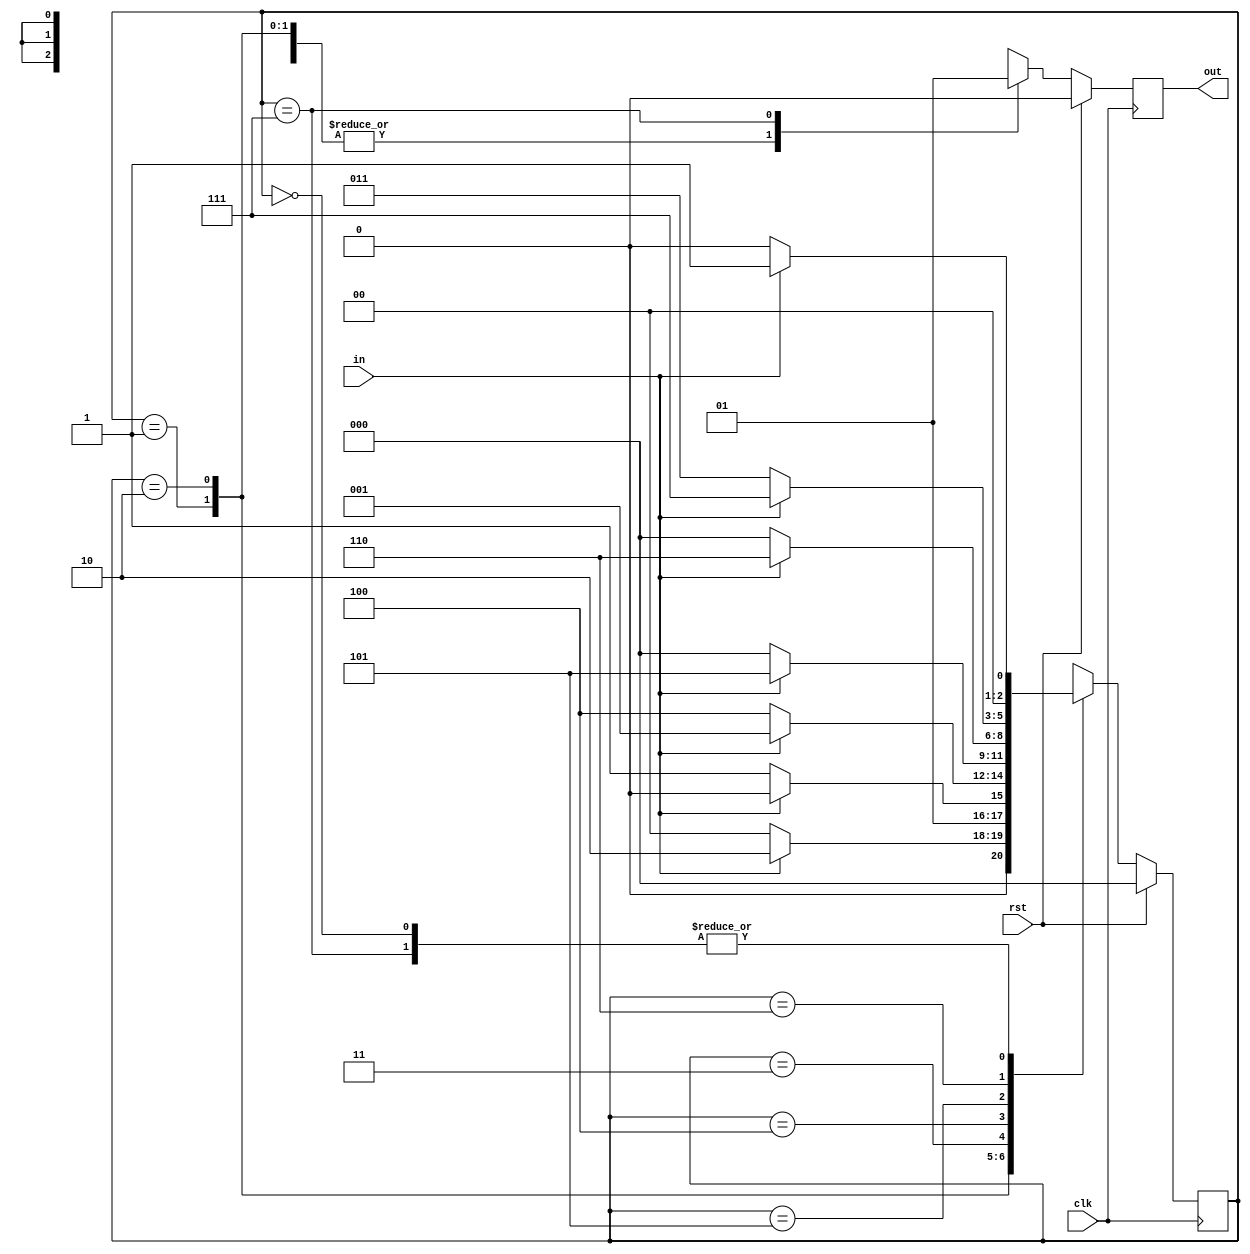
module moorey1100111(
input in,
input clk,
input rst, 
output reg out
);

reg[2:0]cst;
reg[2:0]nst;
parameter s0 = 3'b000;
parameter s1 = 3'b001;
parameter s2 = 3'b010;
parameter s3 = 3'b011;
parameter s4 = 3'b100;
parameter s5 = 3'b101;
parameter s6 = 3'b110;
parameter s7 = 3'b111;

always@(posedge clk)
begin
if(rst)
begin
out = 1'b0;
cst = s0;
nst = s0;
end

else
begin
cst = nst;
case(cst)

s0:
begin
out=1'b0;
if(in)
begin
nst=s1;
end
else
begin
//out=1'b0;
nst=s0;
end
end


s1:
begin
out=1'b0;
if(in)
begin
nst=s2;
end
else
begin
//out=1'b0;
nst=s0;
end
end

s2:
begin
out=1'b0;
if(in)
begin
nst=s2;
end
else
begin
//out=1'b0;
nst=s3;
end
end

s3:
begin
out=1'b0;
if(in)
begin
nst=s1;
end
else
begin
//out=1'b0;
nst=s4; 
end
end

s4:
begin
out=1'b0;
if(in)
begin
nst=s5;
end
else
begin
//out=1'b0;
nst=s0; 
end
end

s5:
begin
out=1'b0;
if(in)
begin
nst=s6;
end
else
begin
//out=1'b0;
nst=s0; 
end
end

s6:
begin
out=1'b0;
if(in)
begin
nst=s7;
end
else
begin
//out=1'b0;
nst=s3; 
end
end

s7:
begin
out=1'b1;
if(in)
begin
nst=s1;
end
else
begin
//out=1'b0;
nst=s0; 
end
end
endcase
end
end
endmodule